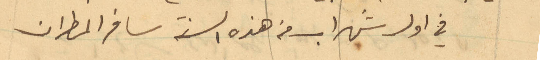
في اول شهر اب من هذه السنة سافر المطران